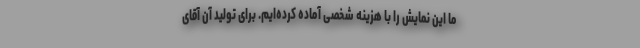
ما این نمایش را با هزینه شخصی آماده کرده‌ایم. برای تولید آن آقای